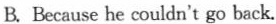
B.Because he couldn't go back.